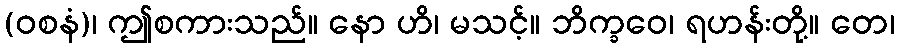
(ဝစနံ)၊ ဤစကားသည်။ နော ဟိ၊ မသင့်။ ဘိက္ခဝေ၊ ရဟန်းတို့။ တေ၊